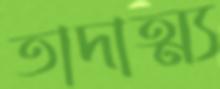
তাদাত্ম্য